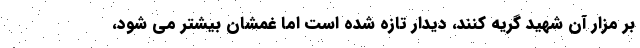
بر مزار آن شهید گریه کنند، دیدار تازه شده است اما غمشان بیشتر می شود،